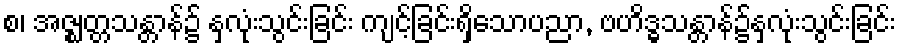
စ၊ အဇ္ဈတ္တသန္တာန်၌ နှလုံးသွင်းခြင်း ကျင့်ခြင်းရှိသောပညာ, ဗဟိဒ္ဓသန္တာန်၌နှလုံးသွင်းခြင်း